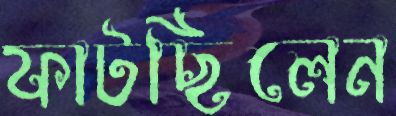
ফাটছিলেন